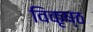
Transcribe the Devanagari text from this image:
विकृष्ठ